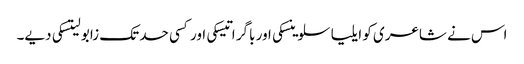
اس نے شاعری کو ایلیا سلوینسکی اور باگر اتیسکی اور کسی حد تک زابو لیتسکی دیے۔